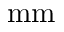
\mathrm { m m }